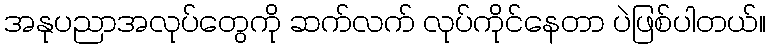
အနုပညာအလုပ်တွေကို ဆက်လက် လုပ်ကိုင်နေတာ ပဲဖြစ်ပါတယ်။